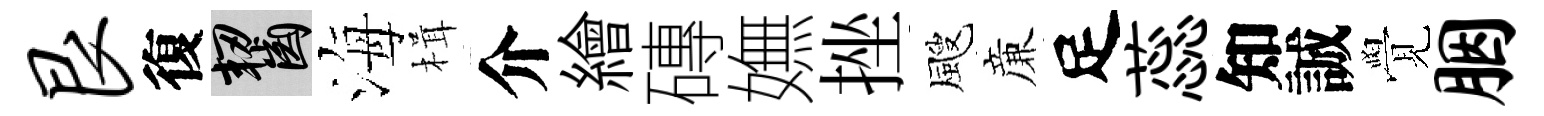
艮復齧海楫介繪磚嫵挫颼亷足蕊知誠覺胭